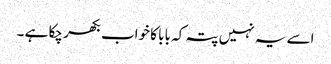
اسے یہ نہیں پتہ کہ بابا کا خواب بکھر چکا ہے ۔